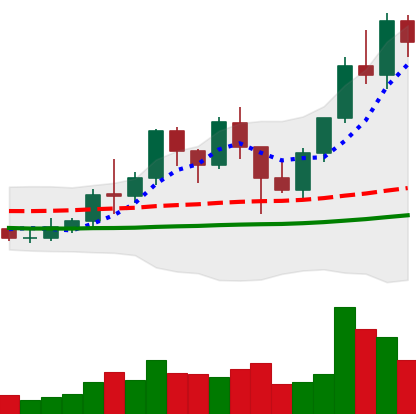
Ticker: LINK-USD
Chart end date: 2021-01-18
Forward return: 12.367%
Label: up_7plus